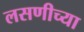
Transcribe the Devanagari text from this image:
लसणीच्या